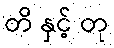
တိ နှင့် တု